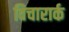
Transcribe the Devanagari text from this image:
विचारार्क